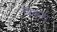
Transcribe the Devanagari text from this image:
त्रिकुरा